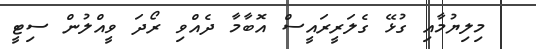
މިލިޔުމާއި ގުޅޭ ގެލަރީރައީސް އޮބާމާ ދެއްވި ރޯދަ ވީއްލުން ސިޓީ